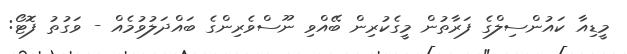
މީޑިއާ ކައުންސިލްގެ ފަރާތުން މީގެކުރިން ބޭއްވި ނޫސްވެރިންގެ ބައްދަލުވުމެއް - ވަގުތު ފޮޓޯ: